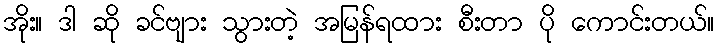
အိုး။ ဒါ ဆို ခင်ဗျား သွားတဲ့ အမြန်ရထား စီးတာ ပို ကောင်းတယ်။